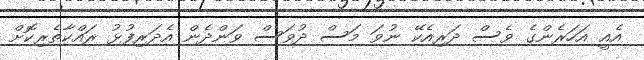
އެއީ އަހަރެންގެ ވެސް ދަރިއެކޭ ނުވަ މަސް ދުވަސް ވަންދެން އެދަރިފުޅު ރައްކާތެރިކޮށް